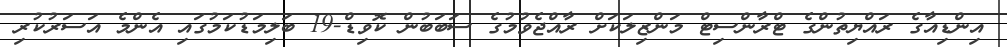
އިންޑިއާގެ ރައްޔިތުންގެ ޓްރާންސިޓް މަންޒިލަކަށް ރާއްޖެވުމުގެ ސަބަބުން ކޮވިޑް-19 ބަލިމަޑުކަމުގައި އެންމެ އަސަރުކުރި